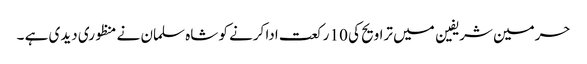
حرمین شریفین میں تراویح کی 10 رکعت ادا کرنے کو شاہ سلمان نے منظوری دیدی ہے ۔